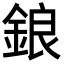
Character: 鋃